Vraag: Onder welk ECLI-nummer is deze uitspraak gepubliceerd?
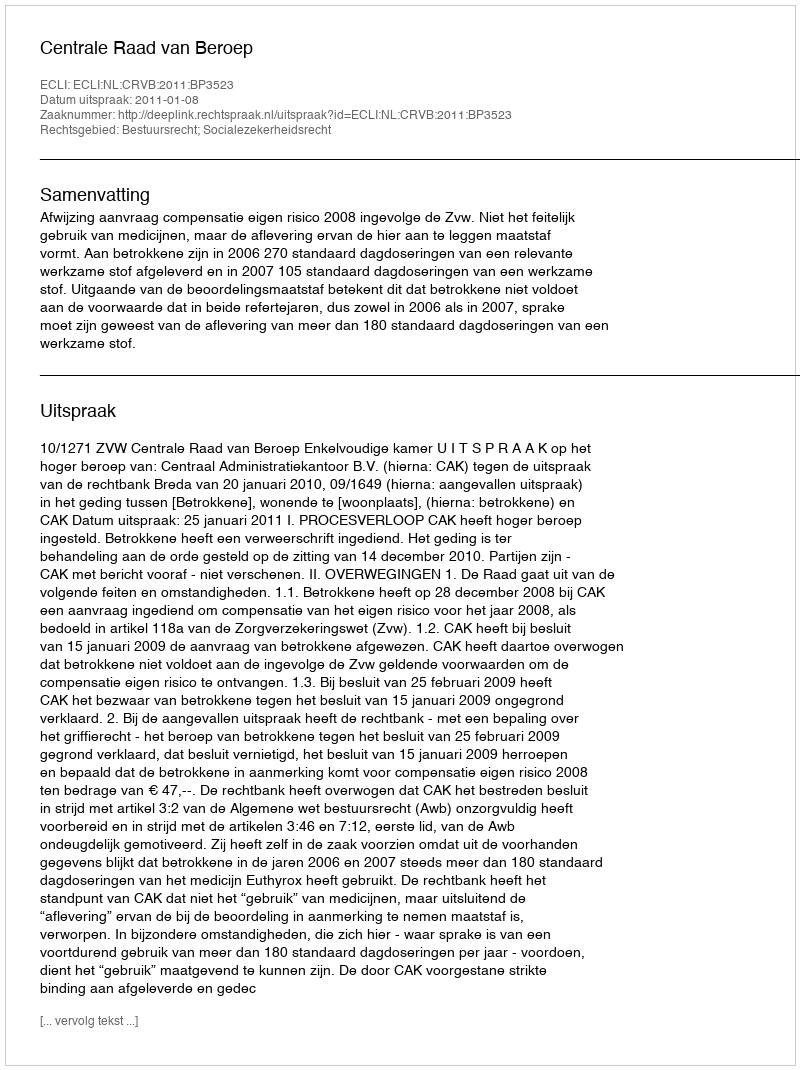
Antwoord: ECLI:NL:CRVB:2011:BP3523